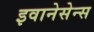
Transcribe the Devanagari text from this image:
इवानेसेन्स